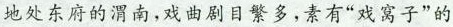
地处东府的渭南,戏曲剧目繁多,素有“戏窝子”的